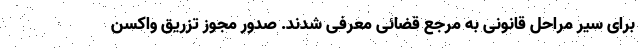
برای سیر مراحل قانونی به مرجع قضائی معرفی شدند. صدور مجوز تزریق واکسن